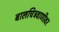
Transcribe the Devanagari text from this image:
बालचित्रवाणीवर